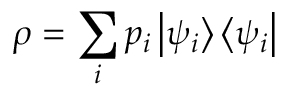
\rho = \sum _ { i } p _ { i } \left| \psi _ { i } \right\rangle \left\langle \psi _ { i } \right|